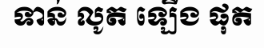
ទាន់ លូត ឡើង ផុត